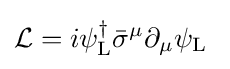
{\mathcal {L}}=i\psi _{\rm {L}}^{\dagger }{\bar {\sigma }}^{\mu }\partial _{\mu }\psi _{\rm {L}}~